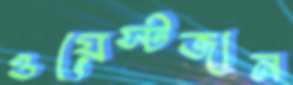
ওয়েস্টজান